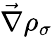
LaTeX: \vec{\nabla}\rho_{\sigma}